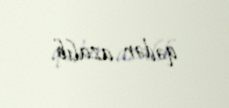
qədər azalıb.